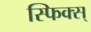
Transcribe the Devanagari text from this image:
स्फिक्स्